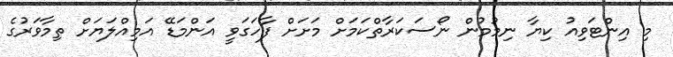
މި އިންޓަވިއު ކިޔާ ނިމުމުން ނޯސަކަރާތްކަމަށް މަށަށް ފާހަގަވީ އަންމަޑޭ އަމިއްލަޔަށް ތިމާވަރުގެ